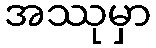
အဿုမှာ